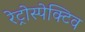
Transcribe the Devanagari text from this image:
रेट्रोस्‍पेक्टिव